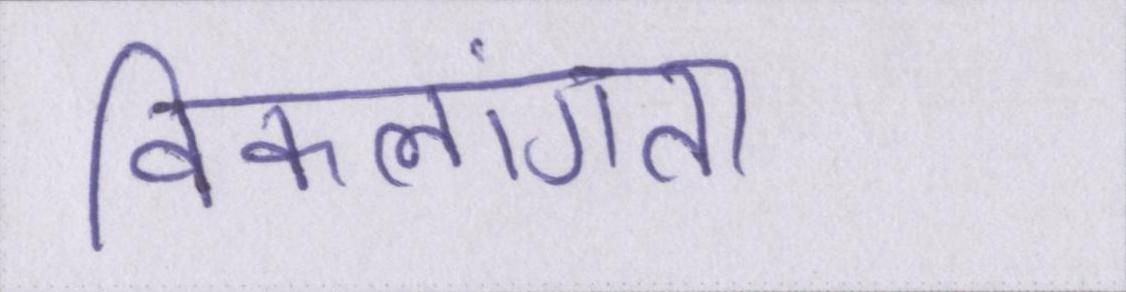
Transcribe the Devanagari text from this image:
विकलांगता